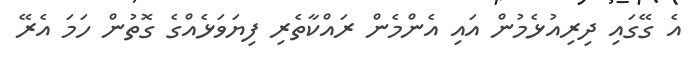
އެ ގޭގައި ދިރިއުޅެމުން އައި އެންމެން ރައްކާތެރި ފިޔަވަޅެއްގެ ގޮތުން ހަމަ އެރޭ